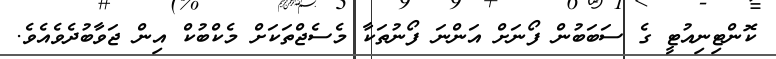
ކޮންޓިނިއުޓީ ގެ ސަބަބުން ފޯނަށް އަންނަ ފޯނުތަކާ މެސެޖްތަކަށް މެކްބުކް އިން ޖަވާބުދެވެއެވެ.